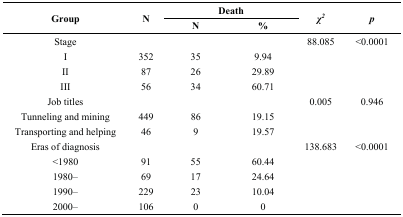
<table><thead><tr><td rowspan="2"><b>Group</b></td><td rowspan="2"><b>N</b></td><td colspan="2"><b>Death </b></td><td rowspan="2"><b><i>χ<sup>2</sup></i></b></td><td rowspan="2"><b><i>p</i></b></td></tr><tr><td><b>N</b></td><td><b>%</b></td></tr></thead><tbody><tr><td>Stage</td><td></td><td></td><td></td><td>88.085</td><td>&lt;0.0001</td></tr><tr><td>I</td><td>352</td><td>35</td><td>9.94</td><td></td><td></td></tr><tr><td>II</td><td>87</td><td>26</td><td>29.89</td><td></td><td></td></tr><tr><td>III</td><td>56</td><td>34</td><td>60.71</td><td></td><td></td></tr><tr><td>Job titles</td><td></td><td></td><td></td><td>0.005</td><td>0.946</td></tr><tr><td>Tunneling and mining</td><td>449</td><td>86</td><td>19.15</td><td></td><td></td></tr><tr><td>Transporting and helping</td><td>46</td><td>9</td><td>19.57</td><td></td><td></td></tr><tr><td>Eras of diagnosis</td><td></td><td></td><td></td><td>138.683</td><td>&lt;0.0001</td></tr><tr><td>&lt;1980</td><td>91</td><td>55</td><td>60.44</td><td></td><td></td></tr><tr><td>1980–</td><td>69</td><td>17</td><td>24.64</td><td></td><td></td></tr><tr><td>1990–</td><td>229</td><td>23</td><td>10.04</td><td></td><td></td></tr><tr><td>2000–</td><td>106</td><td>0</td><td>0</td><td></td><td></td></tr></tbody></table>